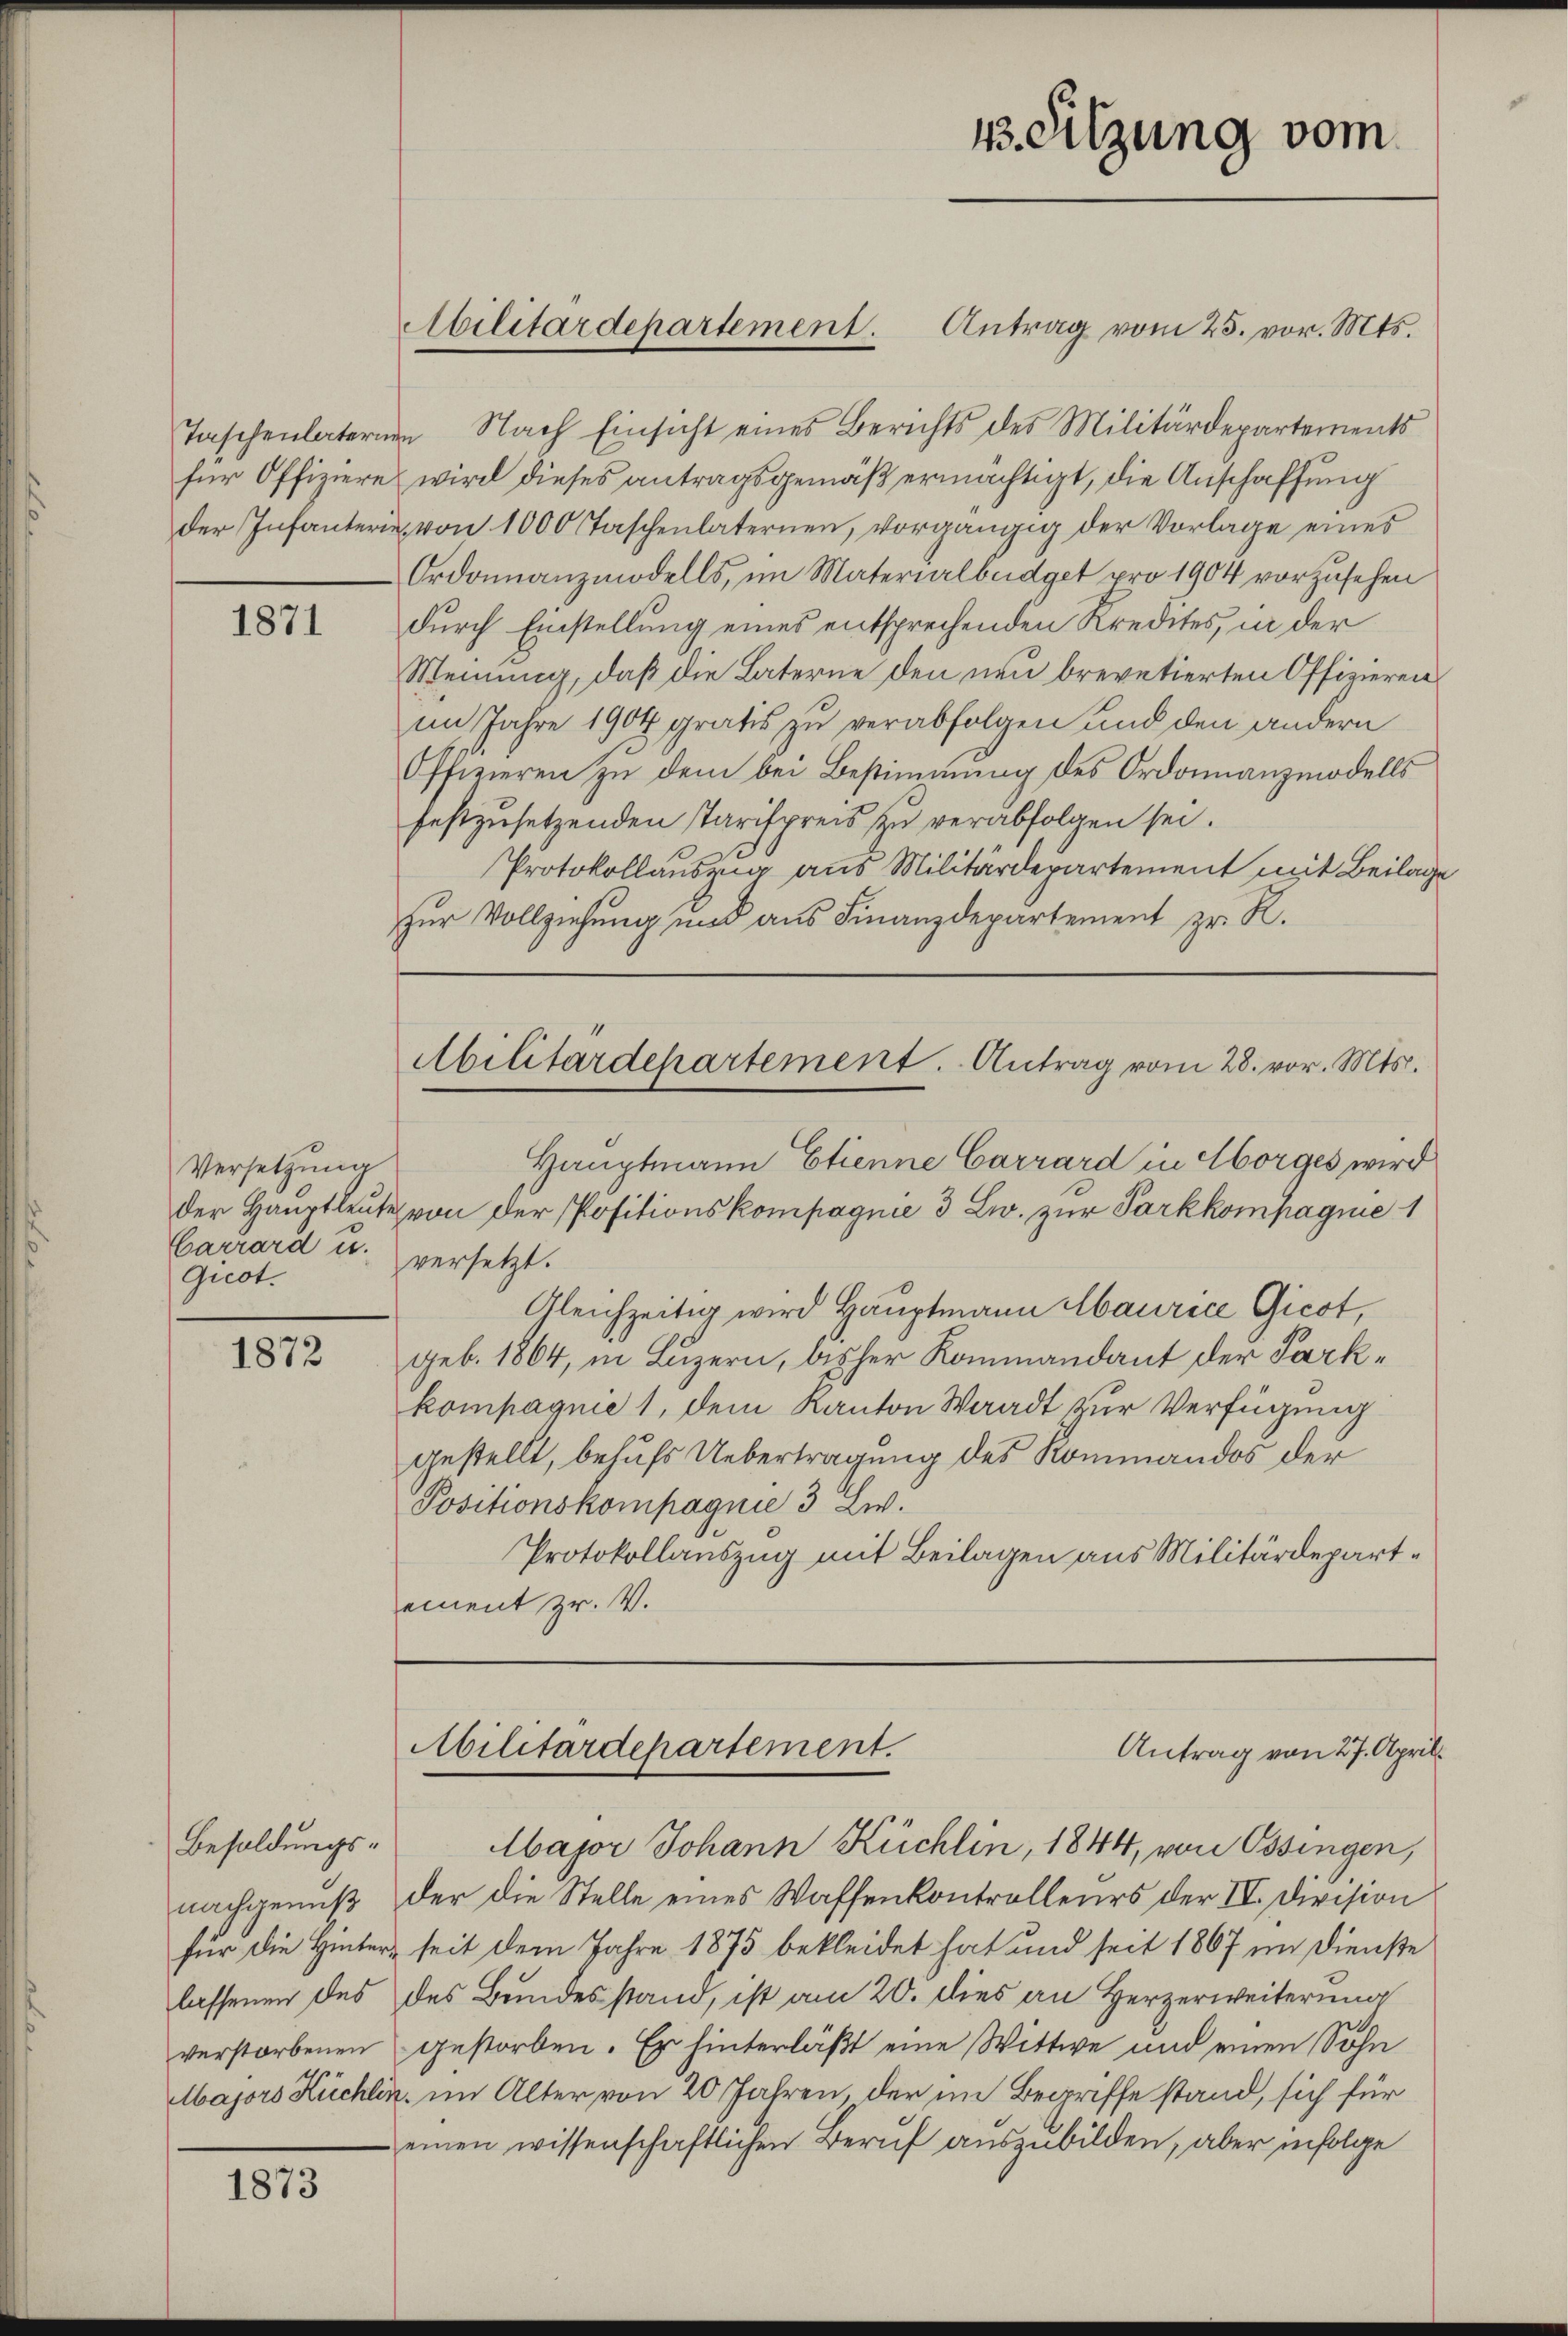
1871

Versetzung
Carrard u. versetzt.
Giedt.

1872

Besoldungs-
nachgemess
lassenen des
verstorbenen
Majors Rückt

1873

Antrag vom 25. vor. Mts.
Taschenlaternen Nach Einsicht eines Berichts des Militärdepartements
für Offiziere wird dieses antragsgemäß ermächtigt, die Anschaffung
der Infanterie von 1000 Taschenlaternen, vorgängig der Vorlage eines
Ordonnanzmodells, im Materialbüdget pro 1904 vorzusehen
durch Einstellung eines entsprechenden Kredites, in der
Meinung, daß die Laterne den neu brevetierten Offizieren
im Jahre 1904 gratis zu verabfolgen und den andern
Offizieren zu dem bei Bestimmung des Ordonnanzmodells
festzusetzenden Tarifpreis zu verabfolgen sei.
Protokollauszug aus Militärdepartement mit Beilage
zur Vollziehung und aus Finanzdepartement zr. R.

Abilitärdepartement.

Abilitärdepartement. Antrag vom 28. vor. Mts.
Hauptmann Etienne Carrard in Horges wird

43. Sitzung vom

der Hauptleute von der Positionskompagnie 3 Lw. zur Parkkompagnie 1
Gleichzeitig wird Hauptmann Maurice Gicot,
geb. 1864, in Luzern, bisher Kommandant der Parkkompagnie 1, dem Kanton Waadt zur Verfügung
gestellt, behufs Uebertragung des Rommandos der
Positionskompagnie 3 Lw.
Protokollauszug mit Beilagen aus Militärdepartement zr. V.

der die Stelle eines Waffenkontrolleurs der IV. Division
für die Hinter seit dem Jahre 1875 bekleidet hat und seit 1867 im Dienste
des Bundesstand, ist am 20. dies an Herzerweiterung
gestorben. Er hinterläßt eine Wittwe und einen Sohn
. im Alter von 20 Jahren, der im Begriffe stand, sich für
einen wissenschaftlichen Beruf auszubilden, aber infolge

bilitärdepartement.
Antrag von 27. April
Major Johann Küchlin, 1844, von Ossingen,